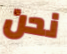
نحن